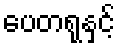
ပေတရုနှင့်